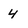
Character: 4